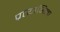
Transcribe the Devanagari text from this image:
प्रत्याभिज्ञा